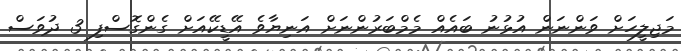
މަޖިލީހަށް ވަންނަން އުޅުނު ބައެއް މެމްބަރުންނަށް އަނިޔާވެ އޭޑީކޭއަށް ގެންގޮސްފި 3 ދުވަސް